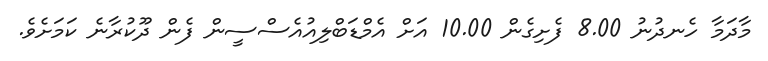
މާދަމާ ހެނދުނު 8.00 ފެށިގެން 10.00 އަށް އެމްޑަބްލިއުއެސްސީން ފެން ދޫކުރާނެ ކަމަށެވެ.